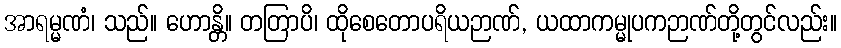
အာရမ္မဏံ၊ သည်။ ဟောန္တိ။ တတြာပိ၊ ထိုစေတောပရိယဉာဏ်, ယထာကမ္မုပကဉာဏ်တို့တွင်လည်း။